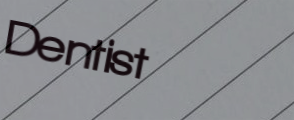
Dentist